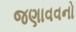
જણાવવનો